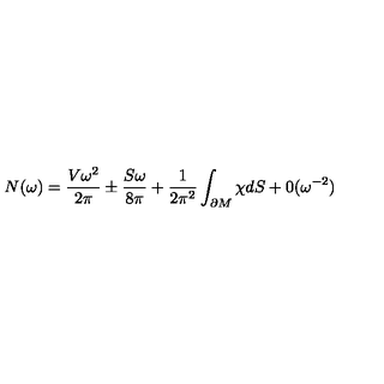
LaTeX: N ( \omega ) = \frac { V \omega ^ { 2 } } { 2 \pi } \pm \frac { S \omega } { 8 \pi } + \frac 1 { 2 \pi ^ { 2 } } \int _ { \partial M } \chi d S + 0 ( \omega ^ { - 2 } )